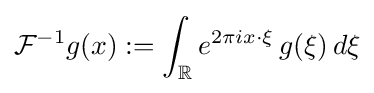
{\mathcal {F}}^{-1}g(x):=\int _{\mathbb {R} }e^{2\pi ix\cdot \xi }\,g(\xi )\,d\xi